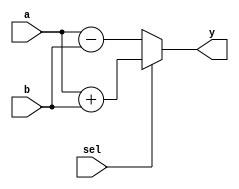
module combinational_logic (
    input wire [3:0] a,           // 4-bit input
    input wire [3:0] b,           // 4-bit input
    input wire sel,               // Selection input
    output reg [3:0] y            // 4-bit output
);

    // Always block for combinational logic
    always @(*) begin
        // Combinational logic using procedural assignment
        if (sel) begin
            y = a + b;            // If sel is high, output is the sum of a and b
        end else begin
            y = a - b;            // If sel is low, output is the difference of a and b
        end
    end

endmodule